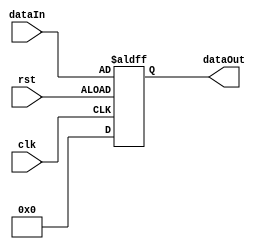
module async_reset #(
	parameter WIDTH = 18
)
(
	input  wire 			rst,
	input  wire 			clk,
	input  wire [WIDTH-1:0] dataIn,
	output reg [WIDTH-1:0]  dataOut
);

always @(posedge clk,negedge rst) begin
    if (rst)
        dataOut <= 'b0;
    else
        dataOut <= dataIn;
end

endmodule